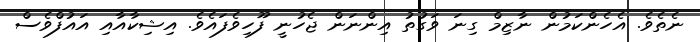
ނެތެވެ. އެހެންކަމުން ނާޒިމް ގިނަ ވަގުތު އިންނަން ޖެހުނީ ފޫހިވެފައެވެ. އިޝިކާއާއި އައުފްވެސް